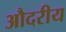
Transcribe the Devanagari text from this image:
औदरीय